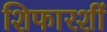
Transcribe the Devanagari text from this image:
शिफारशीं